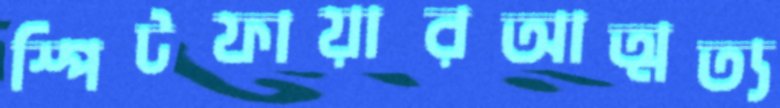
স্পিটফায়ারআত্মত্য